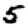
Digit: 5